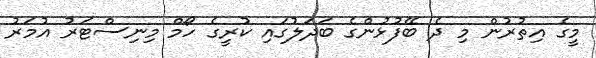
މީގެ އިތުރުން މި ދެ ބޭފުޅުންގެ ބަދަލުގައި ކުރީގެ ހޯމް މިނިސްޓަރު އުމަރު